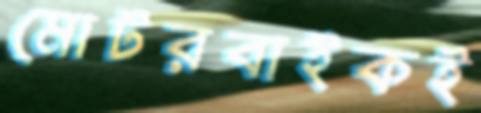
মোটরবাইকই